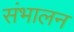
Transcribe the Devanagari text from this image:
संभालन